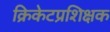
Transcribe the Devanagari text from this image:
क्रिकेटप्रशिक्षक